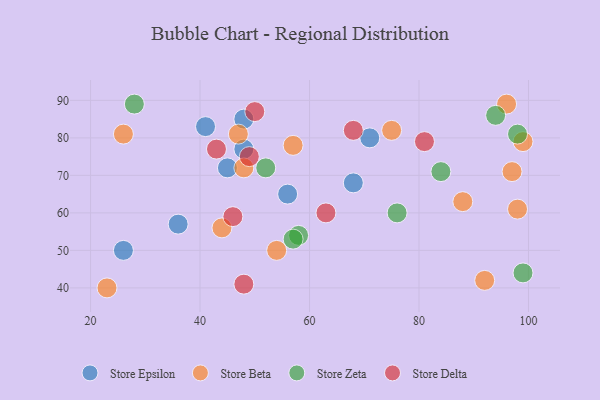
{"axis": {"x": "GDP", "y": "Life Expectancy"}, "legend": ["Store Beta", "Store Delta", "Store Epsilon", "Store Zeta"], "data": [{"x": "45", "y": 72, "type": "Store Epsilon"}, {"x": "26", "y": 50, "type": "Store Epsilon"}, {"x": "48", "y": 85, "type": "Store Epsilon"}, {"x": "36", "y": 57, "type": "Store Epsilon"}, {"x": "56", "y": 65, "type": "Store Epsilon"}, {"x": "48", "y": 77, "type": "Store Epsilon"}, {"x": "71", "y": 80, "type": "Store Epsilon"}, {"x": "41", "y": 83, "type": "Store Epsilon"}, {"x": "68", "y": 68, "type": "Store Epsilon"}, {"x": "96", "y": 89, "type": "Store Beta"}, {"x": "99", "y": 79, "type": "Store Beta"}, {"x": "47", "y": 81, "type": "Store Beta"}, {"x": "26", "y": 81, "type": "Store Beta"}, {"x": "57", "y": 78, "type": "Store Beta"}, {"x": "92", "y": 42, "type": "Store Beta"}, {"x": "23", "y": 40, "type": "Store Beta"}, {"x": "97", "y": 71, "type": "Store Beta"}, {"x": "48", "y": 72, "type": "Store Beta"}, {"x": "75", "y": 82, "type": "Store Beta"}, {"x": "88", "y": 63, "type": "Store Beta"}, {"x": "54", "y": 50, "type": "Store Beta"}, {"x": "44", "y": 56, "type": "Store Beta"}, {"x": "98", "y": 61, "type": "Store Beta"}, {"x": "76", "y": 60, "type": "Store Zeta"}, {"x": "99", "y": 44, "type": "Store Zeta"}, {"x": "52", "y": 72, "type": "Store Zeta"}, {"x": "58", "y": 54, "type": "Store Zeta"}, {"x": "28", "y": 89, "type": "Store Zeta"}, {"x": "84", "y": 71, "type": "Store Zeta"}, {"x": "94", "y": 86, "type": "Store Zeta"}, {"x": "98", "y": 81, "type": "Store Zeta"}, {"x": "57", "y": 53, "type": "Store Zeta"}, {"x": "50", "y": 87, "type": "Store Delta"}, {"x": "81", "y": 79, "type": "Store Delta"}, {"x": "46", "y": 59, "type": "Store Delta"}, {"x": "68", "y": 82, "type": "Store Delta"}, {"x": "49", "y": 75, "type": "Store Delta"}, {"x": "48", "y": 41, "type": "Store Delta"}, {"x": "43", "y": 77, "type": "Store Delta"}, {"x": "63", "y": 60, "type": "Store Delta"}]}